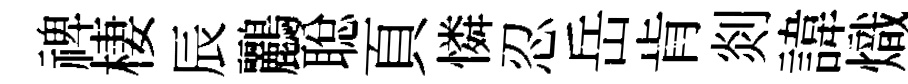
禆棲辰鸝聪頁憐忍岳肯剡諱熾